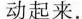
动起来.